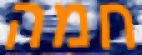
חמה